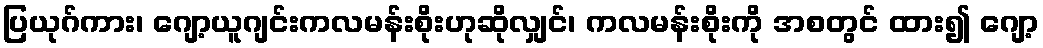
ပြယုဂ်ကား၊ ဂျော့ယူဂျင်းကလမန်းစိုးဟုဆိုလျှင်၊ ကလမန်းစိုးကို အစတွင် ထား၍ ဂျော့